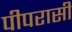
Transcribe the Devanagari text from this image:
पीपरासी